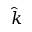
\hat { k }